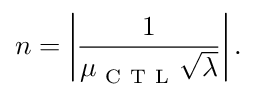
n = \left| \frac { 1 } { \mu _ { \mathrm { ~ C ~ T ~ L ~ } } \sqrt { \lambda } } \right| .